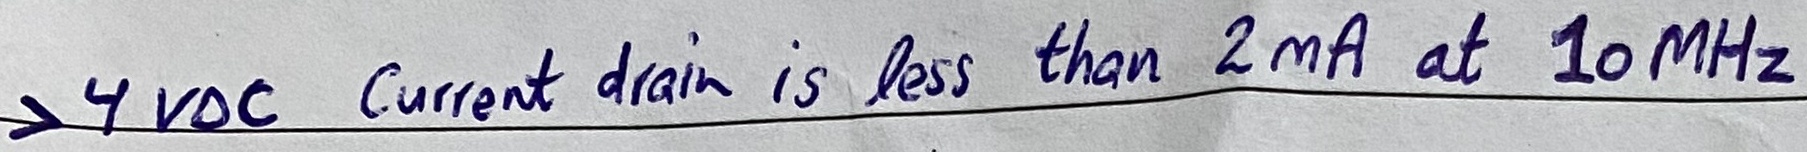
Text: >4VDC Current drain is less than 2mA at 10MHz